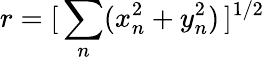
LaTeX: r=[\, \sum_{n}(x_{n}^{2}+y_{n}^{2})\, ]^{1/2}